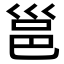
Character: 邕